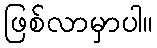
ဖြစ်လာမှာပါ။